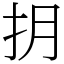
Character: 抈